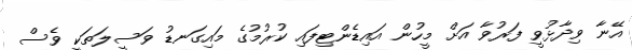
އޭނާ ވިދާޅުވީ ފަރުވާ އަށް މީހުން އައިޑެންޓިފައި ކުރުމުގެ މައިގަނޑު ވަސީލަތަކީ ވެސް